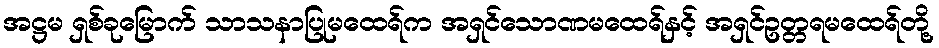
အဋ္ဌမ ရှစ်ခုမြောက် သာသနာပြုမထေရ်က အရှင်သောဏမထေရ်နှင့် အရှင်ဥတ္တရမထေရ်တို့